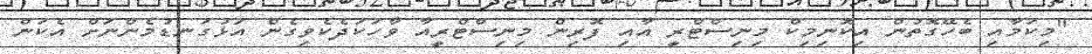
"މިކަމާއި ބެހޭގޮތުން އިކޮނިމިކް މިނިސްޓްރީ އާއި ފޮރިން މިނިސްޓްރީއާ ވާހަކަދެކެވިގެން އަޅުގަނޑުމެންނަށް އެކަން